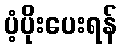
ပံ့ပိုးပေးရန်